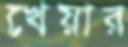
খেয়ার